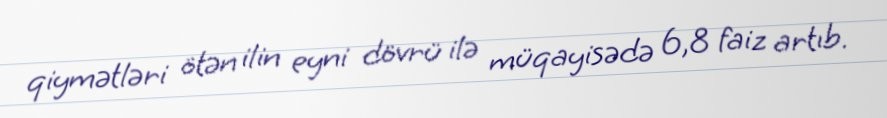
qiymətləri ötən ilin eyni dövrü ilə müqayisədə 6,8 faiz artıb.